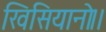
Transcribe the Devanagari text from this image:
खिसियानो।।